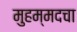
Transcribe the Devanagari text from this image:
मुहम्मदचा